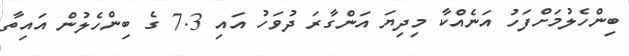
ބިންހެލުމަށްފަހު އަނެއްކާ މިދިޔަ އަންގާރަ ދުވަހު އައި 7.3 ގެ ބިންހެލުން އައިތާ